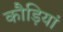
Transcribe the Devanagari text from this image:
कौड़ियां